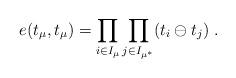
LaTeX: \begin{align*}e(t_{\mu },t_{\mu })=\prod_{i\in I_{\mu }}\prod_{j\in I_{\mu ^{\ast}}}(t_{i}\ominus t_{j})\;. \end{align*}